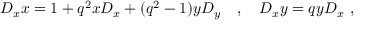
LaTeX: D _ { x } x = 1 + q ^ { 2 } x D _ { x } + ( q ^ { 2 } - 1 ) y D _ { y } \quad , \quad D _ { x } y = q y D _ { x } \ ,